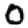
Digit: 0